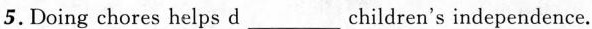
5.Doing chores helps d___children's independence.